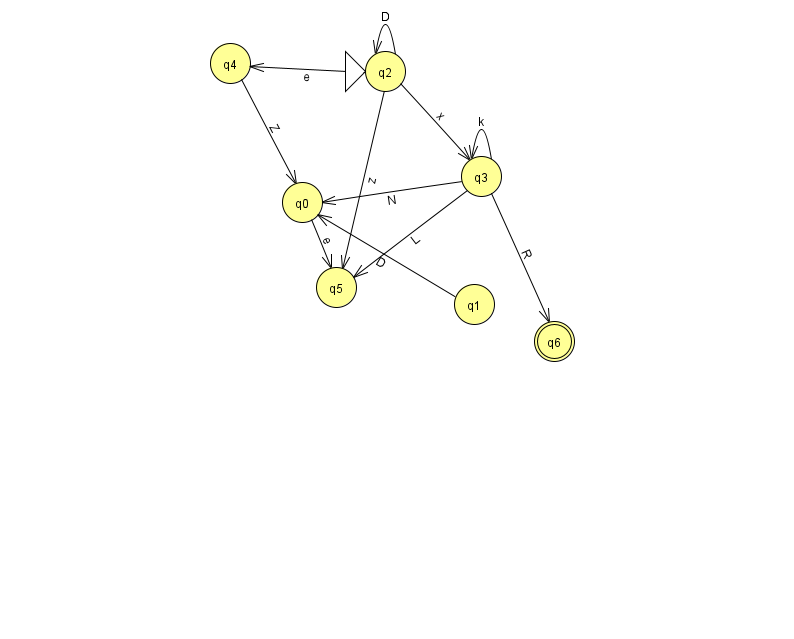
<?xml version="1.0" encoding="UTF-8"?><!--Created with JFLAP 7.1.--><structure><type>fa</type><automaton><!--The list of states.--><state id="0" name="q0"><x>302.0</x><y>189.0</y></state><state id="1" name="q1"><x>474.0</x><y>291.0</y></state><state id="2" name="q2"><x>385.0</x><y>58.0</y><initial/></state><state id="3" name="q3"><x>481.0</x><y>163.0</y></state><state id="4" name="q4"><x>230.0</x><y>50.0</y></state><state id="5" name="q5"><x>336.0</x><y>274.0</y></state><state id="6" name="q6"><x>554.0</x><y>328.0</y><final/></state><!--The list of transitions.--><transition><from>3</from><to>6</to><read>R</read></transition><transition><from>2</from><to>2</to><read>D</read></transition><transition><from>2</from><to>4</to><read>e</read></transition><transition><from>4</from><to>0</to><read>Z</read></transition><transition><from>1</from><to>0</to><read>D</read></transition><transition><from>2</from><to>5</to><read>z</read></transition><transition><from>3</from><to>0</to><read>N</read></transition><transition><from>3</from><to>5</to><read>L</read></transition><transition><from>0</from><to>5</to><read>e</read></transition><transition><from>3</from><to>3</to><read>k</read></transition><transition><from>2</from><to>3</to><read>x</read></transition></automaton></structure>